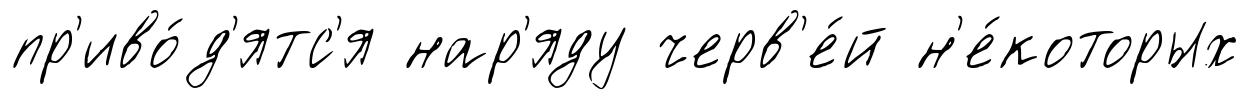
пр'иво́д'ятс'я нар'яду черв'е́й н'е́которых